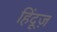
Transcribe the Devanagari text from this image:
हिंदूज़